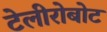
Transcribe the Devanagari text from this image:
टेलीरोबोट